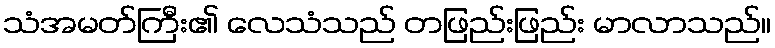
သံအမတ်ကြီး၏ လေသံသည် တဖြည်းဖြည်း မာလာသည်။